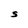
Character: S